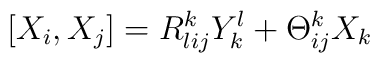
[X_i,X_j] = R^k_{lij} Y^l_k + \Theta^k_{ij} X_k